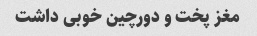
مغز پخت و دورچین خوبی داشت